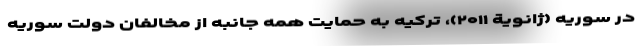
در سوریه (ژانویة ۲۰۱۱)، ترکیه به حمایت همه جانبه از مخالفان دولت سوریه